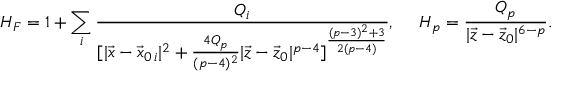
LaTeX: H _ { F } = 1 + \sum _ { i } { \frac { Q _ { i } } { [ | \vec { x } - \vec { x } _ { 0 \, i } | ^ { 2 } + { \frac { 4 Q _ { p } } { ( p - 4 ) ^ { 2 } } } | \vec { z } - \vec { z } _ { 0 } | ^ { p - 4 } ] ^ { \frac { ( p - 3 ) ^ { 2 } + 3 } { 2 ( p - 4 ) } } } } , \ \ \ \ H _ { p } = { \frac { Q _ { p } } { | \vec { z } - \vec { z } _ { 0 } | ^ { 6 - p } } } .